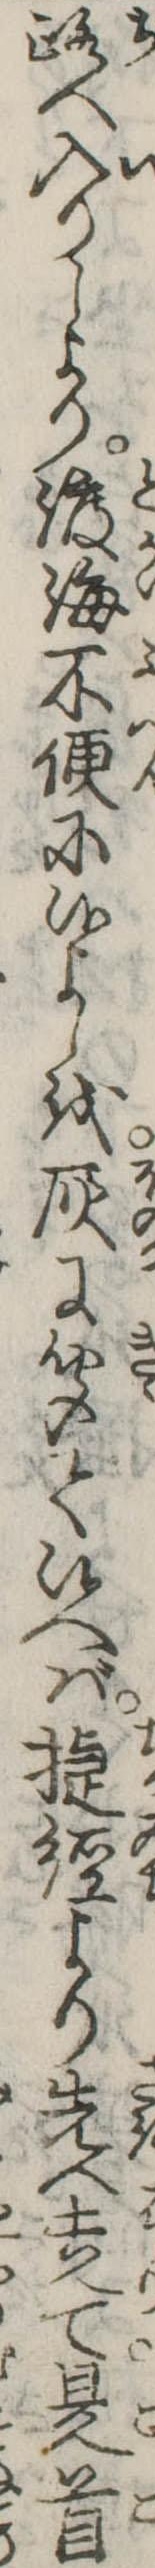
路へ入りしより渡海不便に候よしを灰に聞て候へば捷径より先へ走て是首